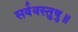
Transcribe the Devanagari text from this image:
सर्ववस्तुषु॥